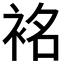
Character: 𮕿